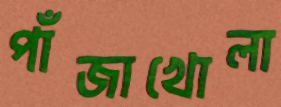
পাঁজাখোলা